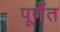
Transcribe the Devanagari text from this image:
पूर्णँत